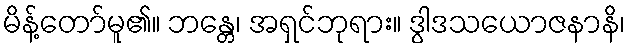
မိန့်တော်မူ၏။ ဘန္တေ၊ အရှင်ဘုရား။ ဒွါဒသယောဇနာနိ၊